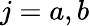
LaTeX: j=a,b